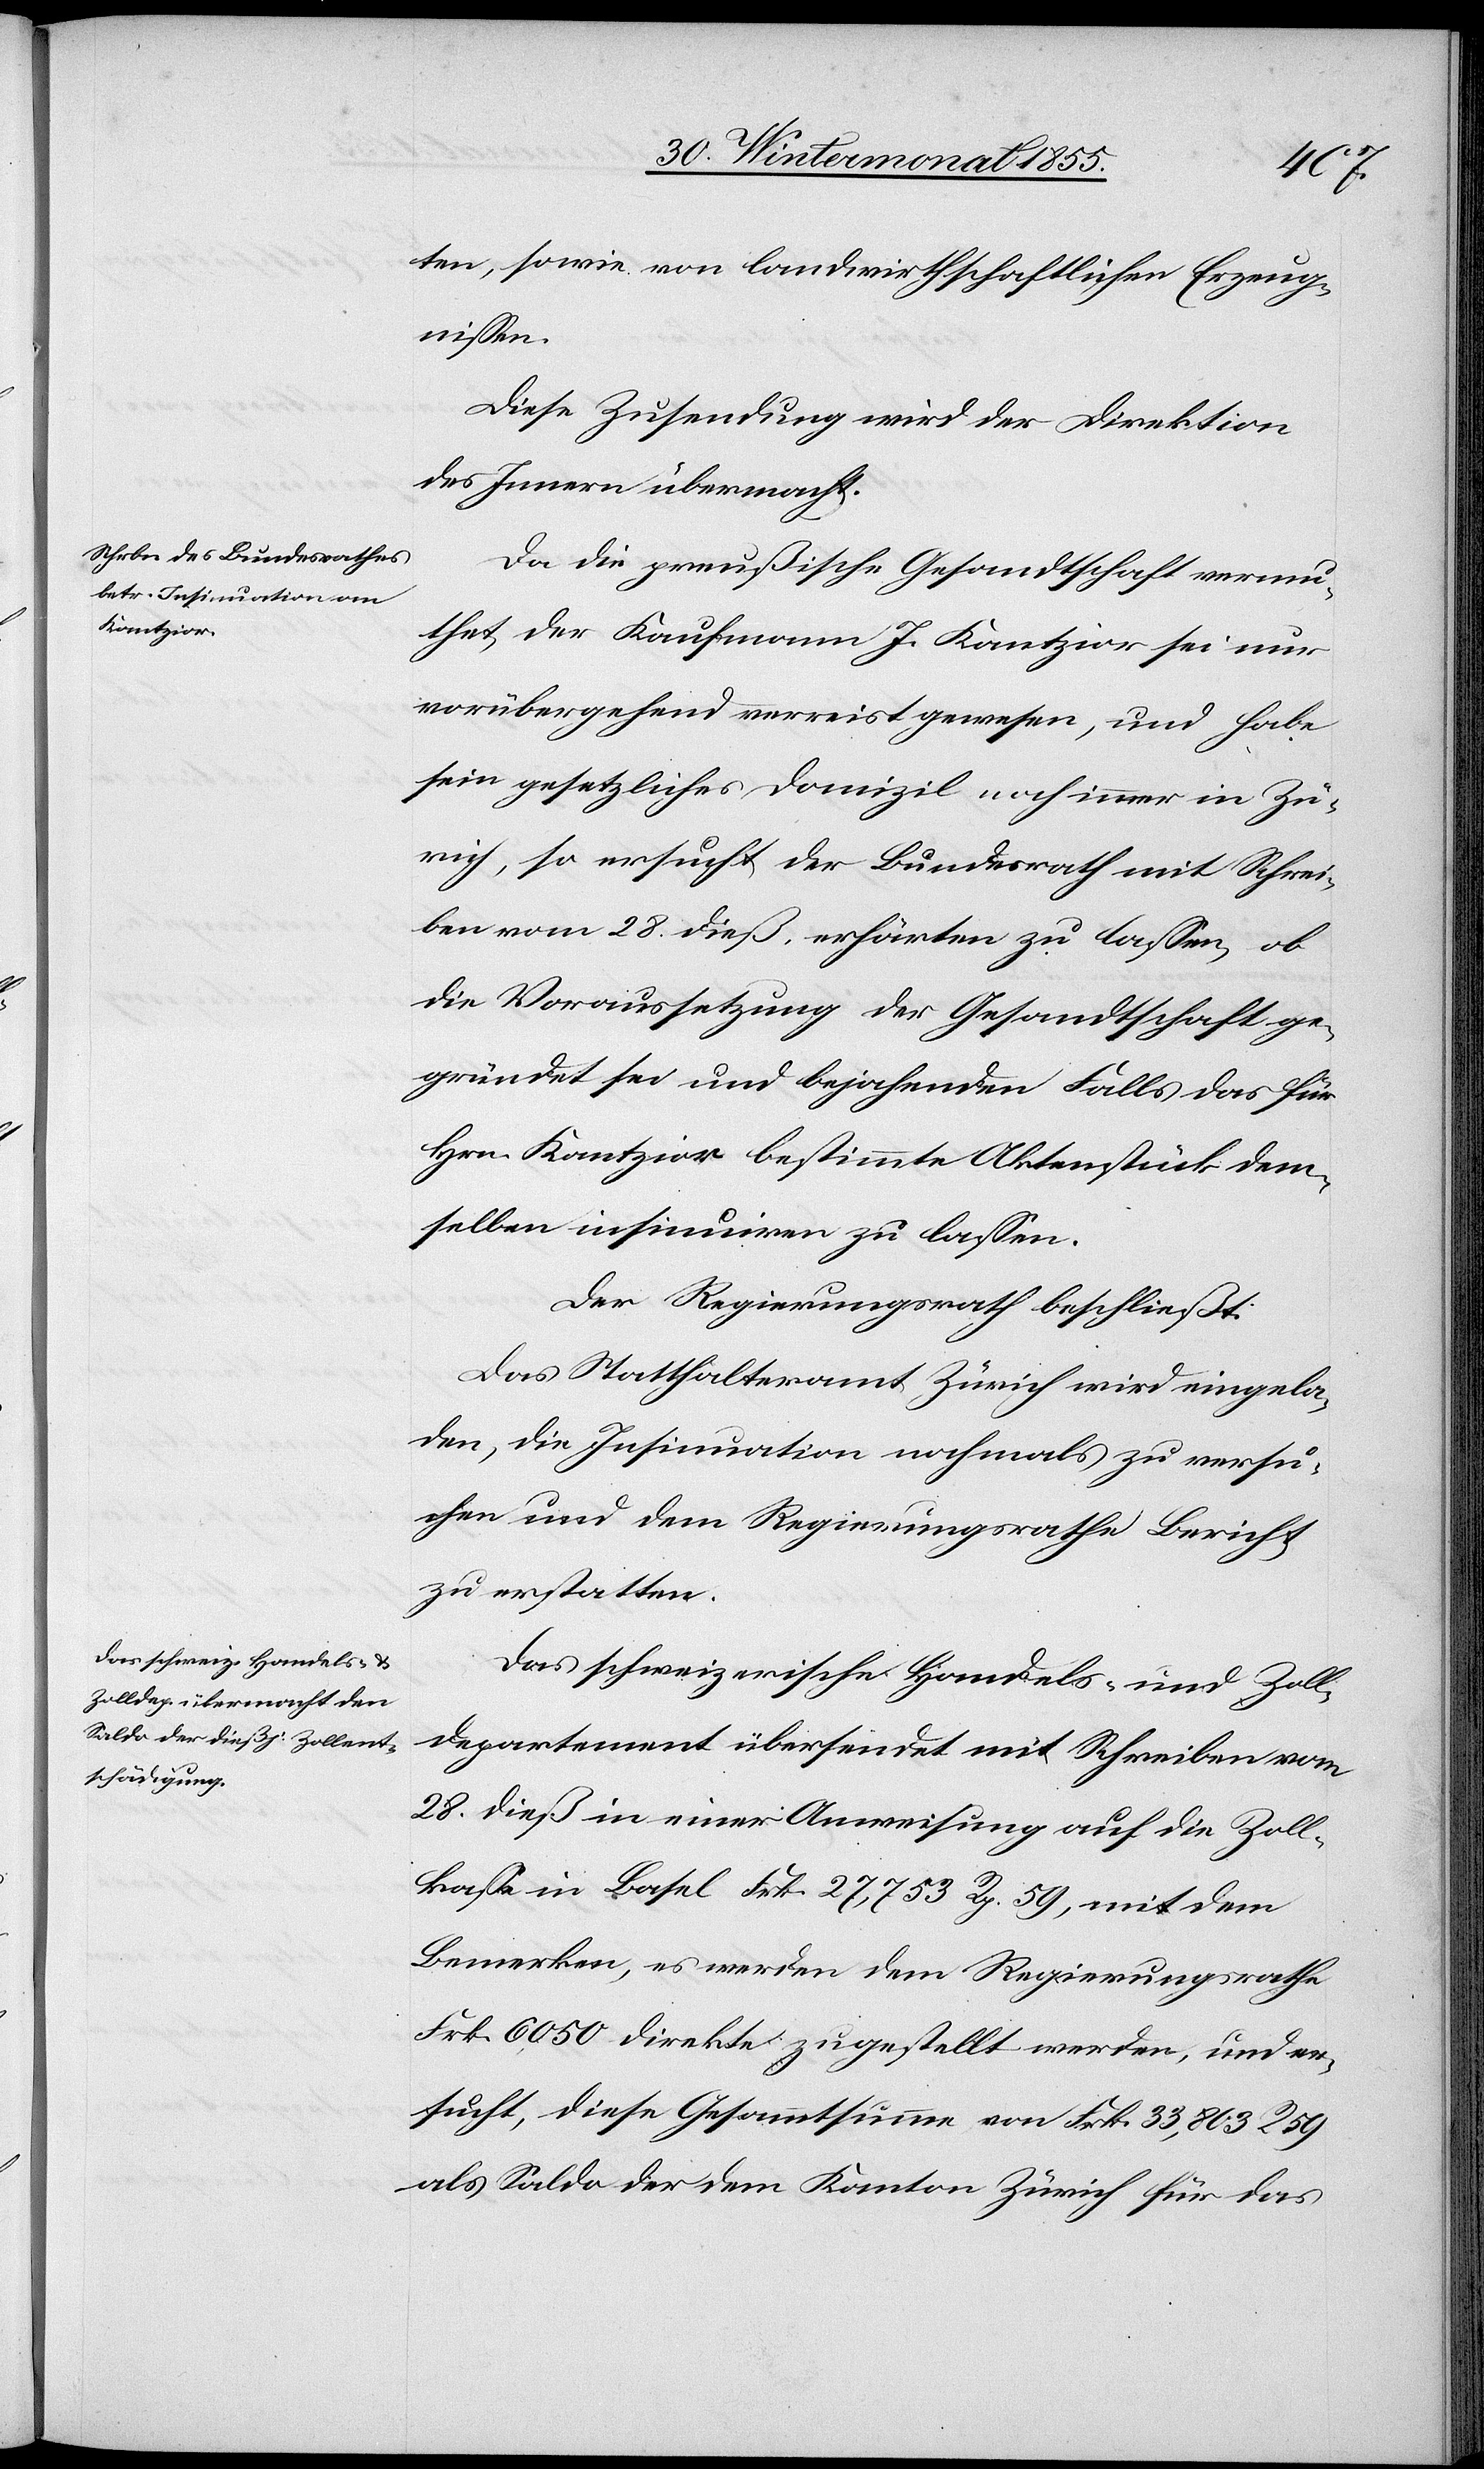
ten, sowie von landwirthschaftlichen Erzeug¬
nissen.
Diese Zusendung wird der Direktion
des Innern übermacht.
Da die preußische Gesandtschaft vermu¬
thet, der Kaufmann J. Kantzior sei nur
vorübergehend verreist gewesen, und habe
sein gesetzliches Domizil noch immer in Zü¬
rich, so ersucht der Bundesrath mit Schrei¬
ben vom 28. dieß, erhärten zu lassen, ob
die Voraussetzung der Gesandtschaft ge¬
gründet sei und bejahenden Falls das für
Hrn. Kantzior bestimmte Aktenstück dem¬
selben insinuiren zu lassen.
Das Statthalteramt Zürich wird eingela¬
den, die Insinuation nochmals zu versu¬
chen und dem Regierungsrathe Bericht
zu erstatten.
Das schweizerische Handels- und Zoll¬
departement übersendet mit Schreiben vom
28. dieß in einer Anweisung auf die Zoll¬
kasse in Basel Frk. 27,753 Rp. 59, mit dem
Bemerken, es werden dem Regierungsrathe
Frk. 6,050 direkte zugestellt werden, und er¬
sucht, diese Gesammtsumme von Frk. 33,803 R 59
als Saldo der dem Kanton Zürich für das